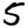
Digit: 5